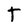
Character: T